Trukikaitis_Postimees, lk 8
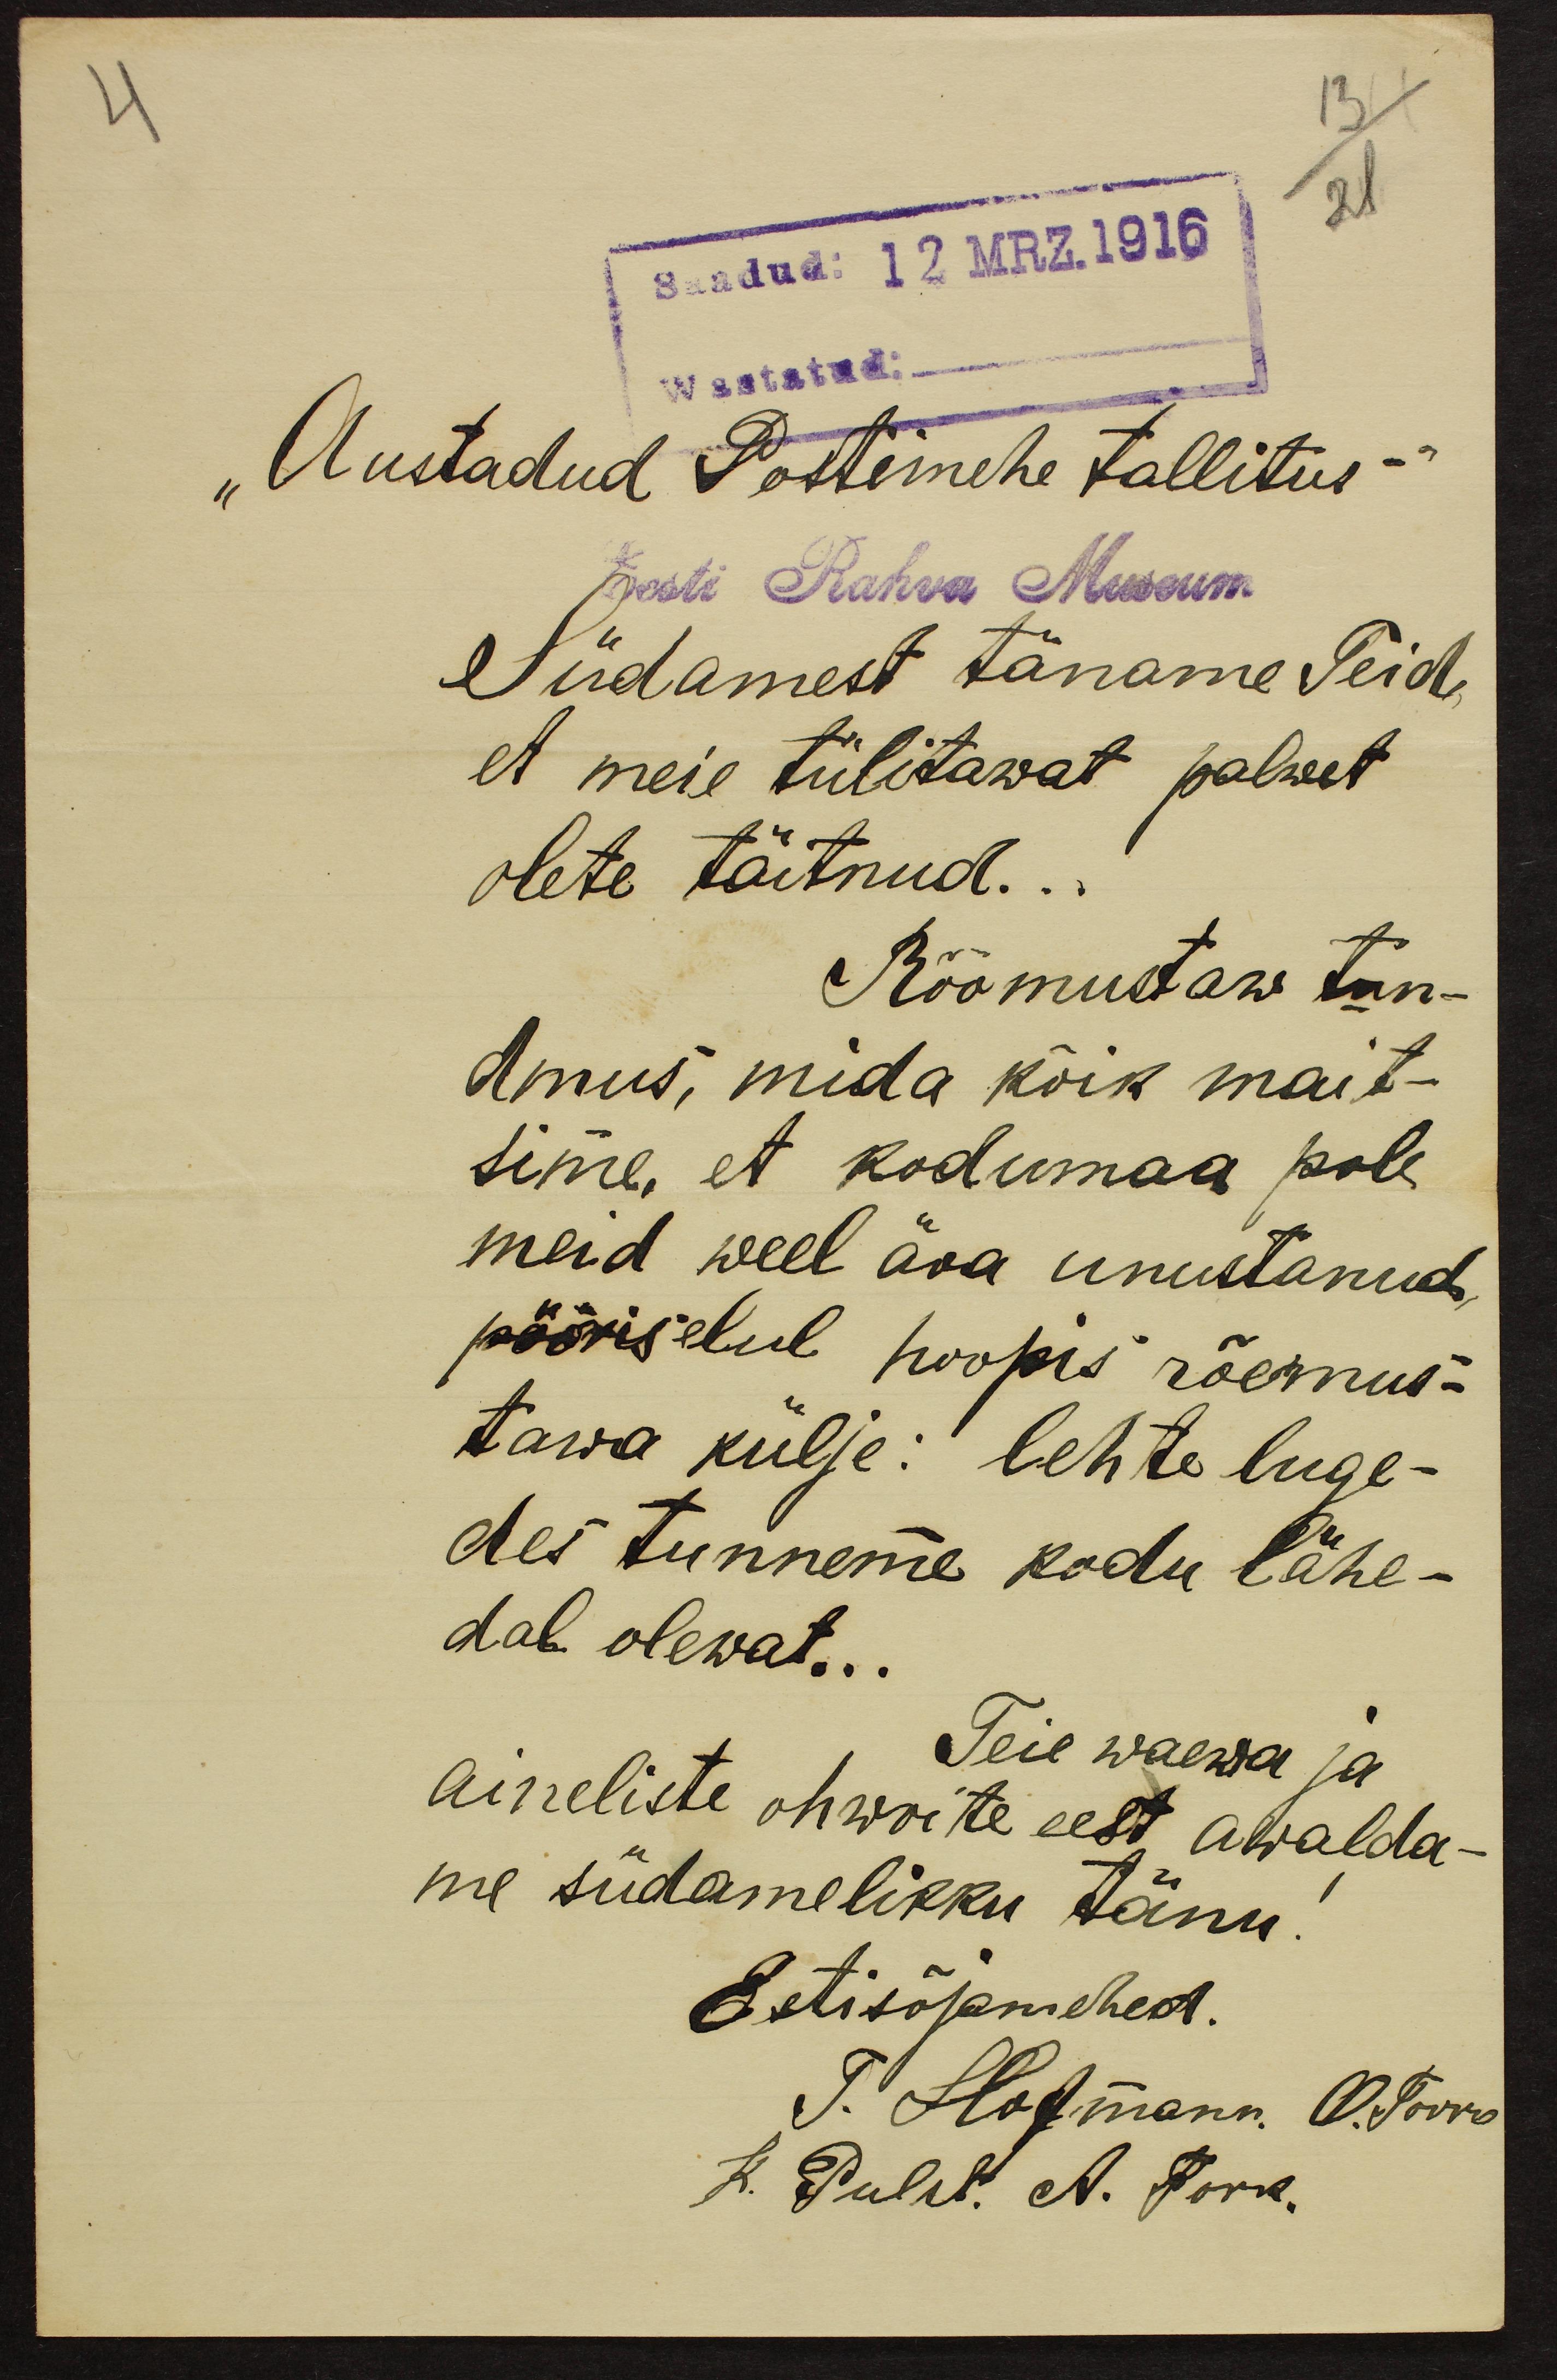
4
13
21
Saadud: 12 MRZ.1916
Wastatud:
"Austadud Postimehe tallitus"
Eesti Rahva Museum
Südamest täname Teid,
et meie tülitawat palwet
olete täitnud...
Rõõmustaw tun-
dmus, mida kõik mait-
sime, et kodumaa pole
meid weel ära unustanud
pööris elul hoopis rõemus-
tawa külje: lehte luge-
des tunneme kodu lähe-
dal olewat...
Teie waewa ja
aineliste ohwrite eest awalda-
me südamelikku tänu!
Esti sõjamehed.
T. Hofmann O. Torro
K. Puhk. A. Tork.